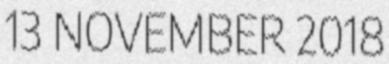
13 NOVEMBER 2018